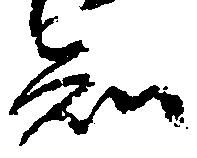
知